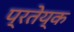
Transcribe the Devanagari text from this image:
प्रतेय्क